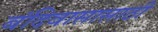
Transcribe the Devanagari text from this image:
बंदिवासासाठी